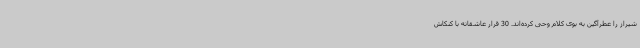
شیراز را عطرآگین به بوی کلام وحی کرده‌اند. 30 قرار عاشقانه با کنکاش